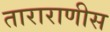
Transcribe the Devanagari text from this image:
ताराराणीस